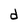
Character: d